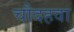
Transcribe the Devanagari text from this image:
चौदहवा